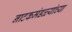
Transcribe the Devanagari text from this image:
नाटकमंडळ्यांच्या